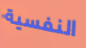
النفسية